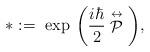
LaTeX: \begin{align*}* := \ \mbox{exp} \ \bigg( \frac{i\hbar}{2} \stackrel{\leftrightarrow}{\cal P} \bigg),\end{align*}